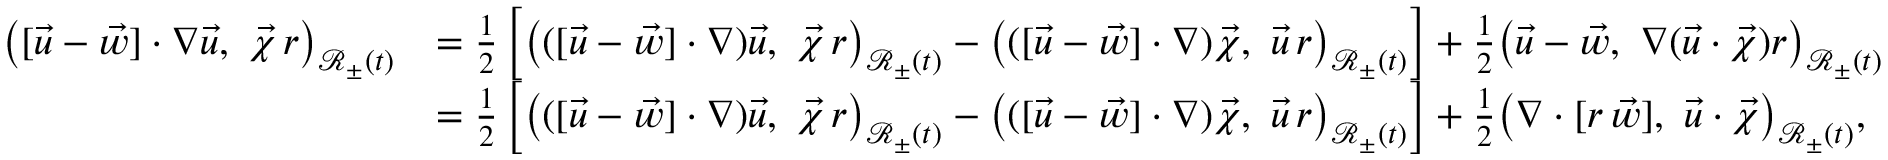
\begin{array} { r l } { \bigl ( [ \vec { u } - \vec { w } ] \cdot \nabla \vec { u } , ~ \vec { \chi } \, r \bigr ) _ { \mathscr { R } _ { \pm } ( t ) } } & { = \frac { 1 } { 2 } \left[ \bigl ( ( [ \vec { u } - \vec { w } ] \cdot \nabla ) \vec { u } , ~ \vec { \chi } \, r \bigr ) _ { \mathscr { R } _ { \pm } ( t ) } - \bigl ( ( [ \vec { u } - \vec { w } ] \cdot \nabla ) \vec { \chi } , ~ \vec { u } \, r \bigr ) _ { \mathscr { R } _ { \pm } ( t ) } \right] + \frac { 1 } { 2 } \bigl ( \vec { u } - \vec { w } , ~ \nabla ( \vec { u } \cdot \vec { \chi } ) r \bigr ) _ { \mathscr { R } _ { \pm } ( t ) } } \\ & { = \frac { 1 } { 2 } \left[ \bigl ( ( [ \vec { u } - \vec { w } ] \cdot \nabla ) \vec { u } , ~ \vec { \chi } \, r \bigr ) _ { \mathscr { R } _ { \pm } ( t ) } - \bigl ( ( [ \vec { u } - \vec { w } ] \cdot \nabla ) \vec { \chi } , ~ \vec { u } \, r \bigr ) _ { \mathscr { R } _ { \pm } ( t ) } \right] + \frac { 1 } { 2 } \bigl ( \nabla \cdot [ r \, \vec { w } ] , ~ \vec { u } \cdot \vec { \chi } \bigr ) _ { \mathscr { R } _ { \pm } ( t ) } , } \end{array}